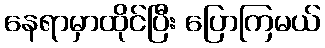
နေရာမှာထိုင်ပြီး ပြောကြမယ်